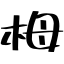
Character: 栂